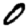
Digit: 0